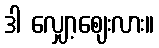
ဒါ လျှော့ဈေးလား။